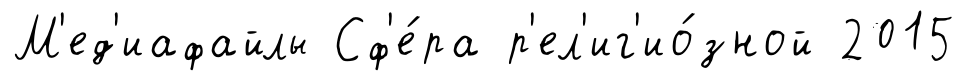
М'ед'иафайлы Сф'е́ра р'ел'иг'ио́зной 2015